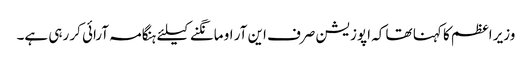
وزیر اعظم کا کہنا تھا کہ اپوزیشن صرف این آر او مانگنے کیلئے ہنگامہ آرائی کر رہی ہے۔